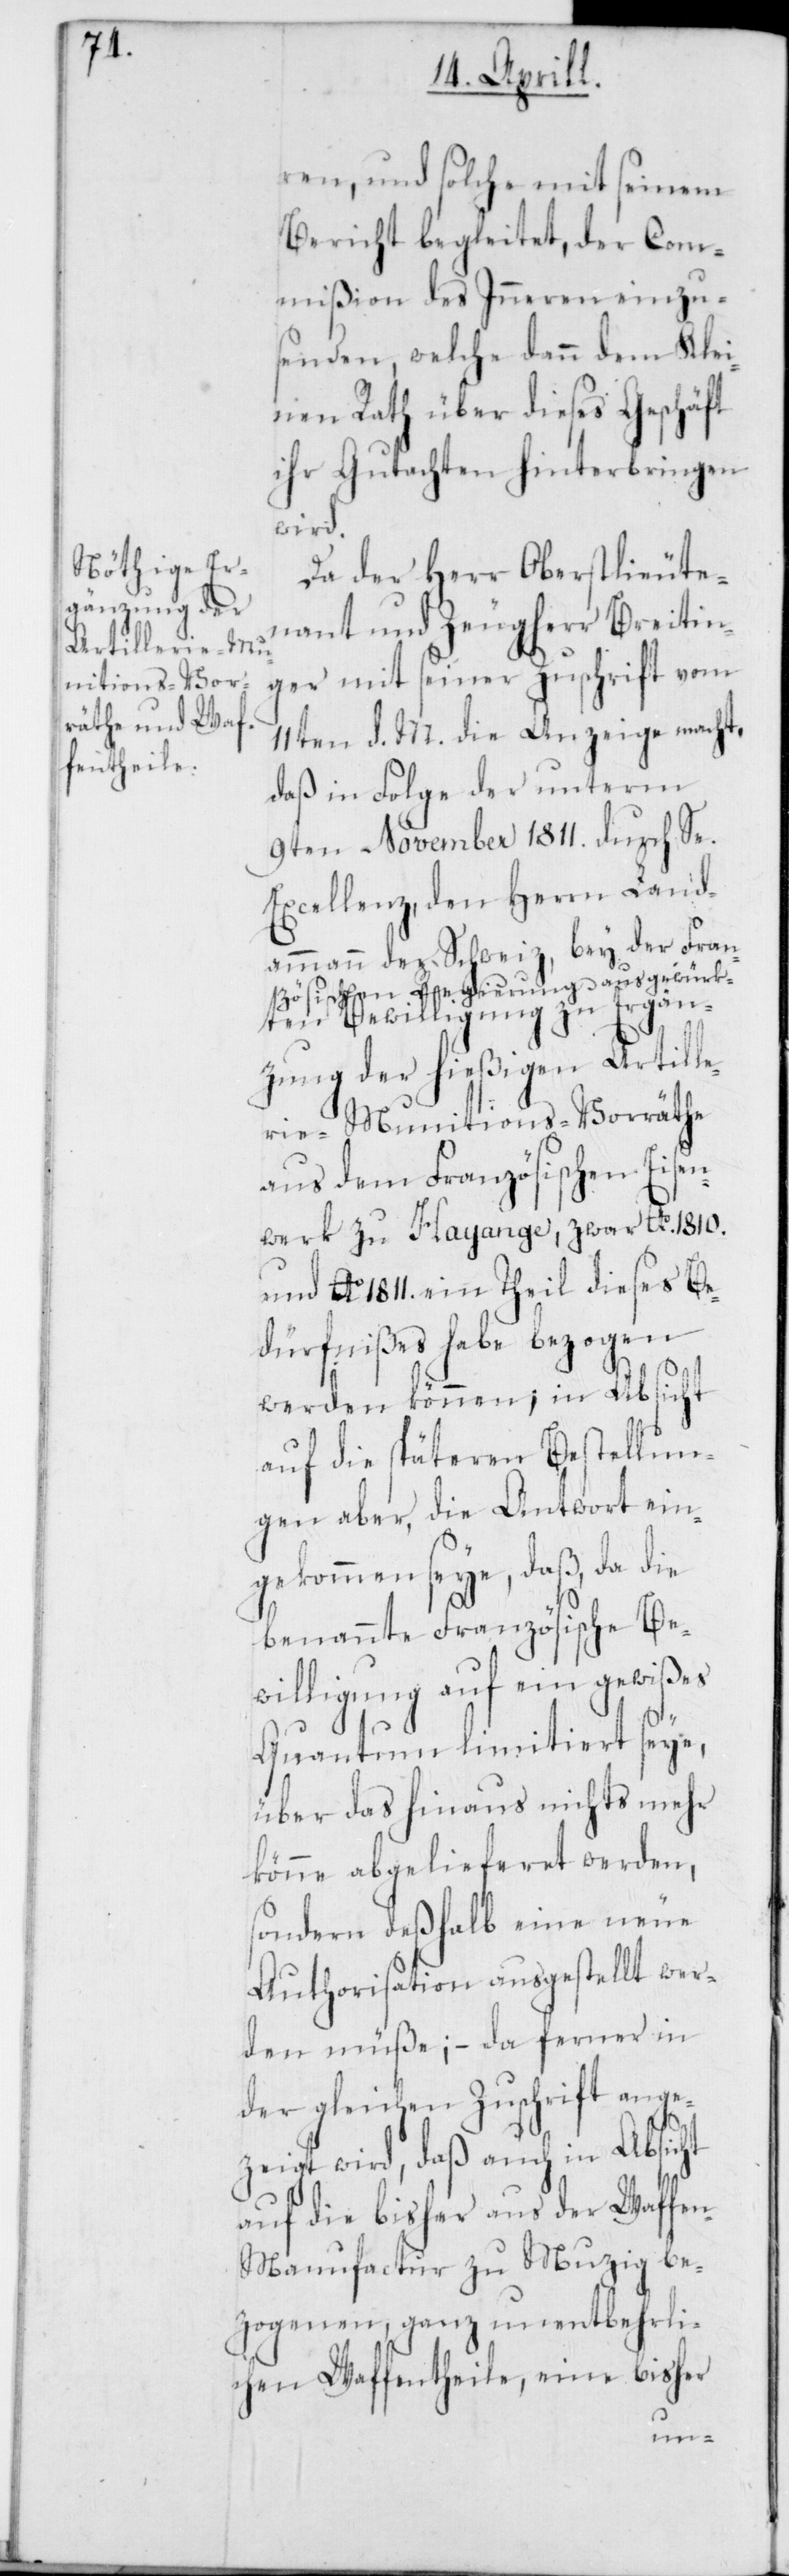
ren, und solche mit seinem
Bericht begleitet, der Com¬
mißion des Inneren einzu¬
senden, welche dann dem Klei¬
nen Rath über dieses Geschäft
ihr Gutachten hinterbringen
wird.
Da der Herr Oberstlieute¬
nant und Zeugherr Breitin¬
ger mit seiner Zuschrift vom
11ten d. M. die Anzeige macht,
daß in Folge der unterm
9ten November 1811. durch Se.
Excellenz, den Herrn Land¬
ammann der Schweiz, bey der Fran¬
zösischen Regierung ausgewürk¬
ten Bewilligung zu Ergän¬
zung der hießigen Artille¬
rie-Munitions-Vorräthe
aus dem Französischen Eisen¬
werk zu Hayange, zwar Ao 1810.
und Ao 1811. ein Theil dieses Be¬
dürfnißes habe bezogen
werden können; in Absicht
auf die späteren Bestellun¬
gen aber, die Antwort ein¬
gekommen seye, daß, da die
benannte Französische Be¬
willigung auf ein gewißes
Quantum limitiert seye,
über das hinaus nichts mehr
könne abgelieferet werden,
sondern deßhalb eine neue
Authorisation ausgestellt wer¬
den müße; – da ferner in
der gleichen Zuschrift angez¬
eigt wird, daß auch in Absicht
auf die bisher aus der Waffe¬
n-Manufactur zu Muzig be¬
zogenen, ganz unentbehrli¬
chen Waffentheile, eine bisher